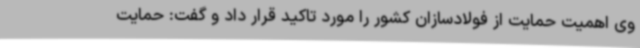
وی اهمیت حمایت از فولادسازان کشور را مورد تاکید قرار داد و گفت: حمایت